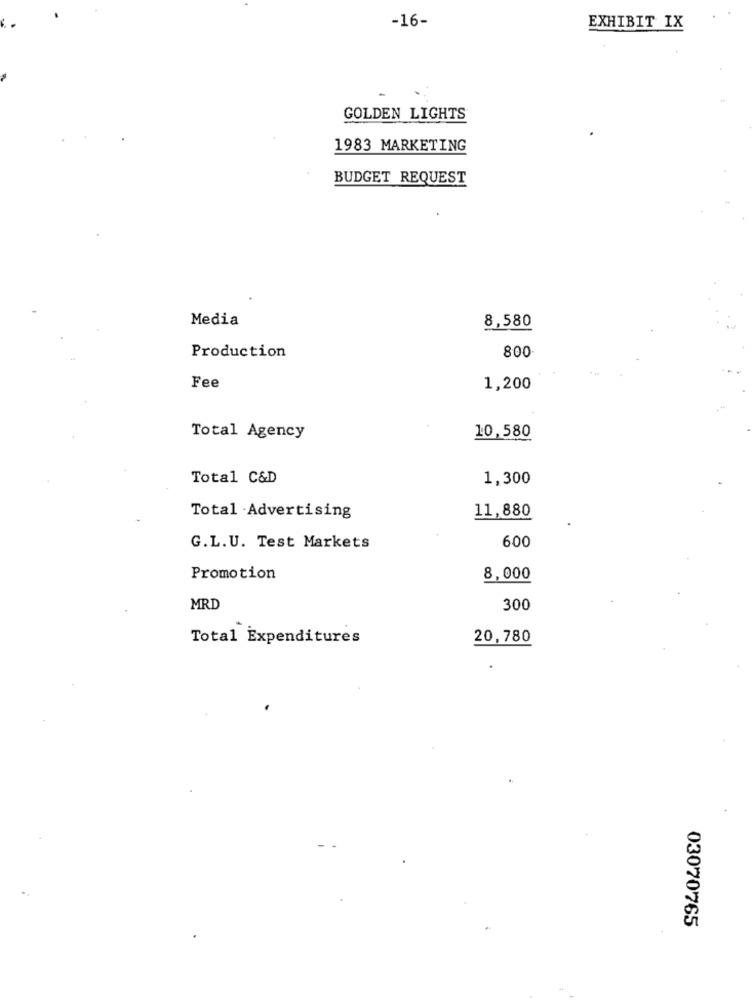
-16-
EXHIBIT IX
GOLDEN LIGHTS
1983 MARKETING
BUDGET REQUEST
Media
8,580
Production
800
Fee
1,200
10,580
Total Agency
Total C&D
1,300
11,880
Total Advertising
600
G.L.U. Test Markets
Promotion
8,000
MRD
300
Total Expenditures
20,780
03070765